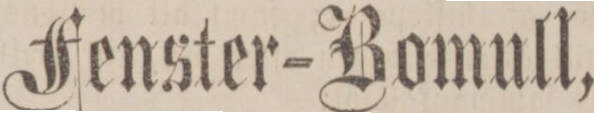
Fenster=Bomull,